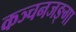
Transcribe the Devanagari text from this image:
कञ्चनजङ्गा